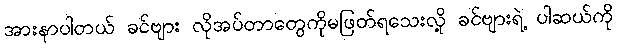
အားနာပါတယ် ခင်ဗျား လိုအပ်တာတွေကိုမဖြတ်ရသေးလို့ ခင်ဗျားရဲ့ ပါဆယ်ကို